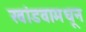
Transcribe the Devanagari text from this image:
खांडवामधून